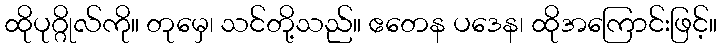
ထိုပုဂ္ဂိုလ်ကို။ တုမှေ၊ သင်တို့သည်။ ဧတေန ပဒေန၊ ထိုအကြောင်းဖြင့်။